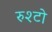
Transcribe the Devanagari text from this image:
रुश्टो